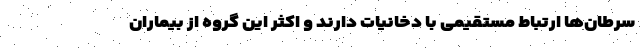
سرطان‌ها ارتباط مستقیمی با دخانیات دارند و اکثر این گروه از بیماران